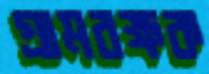
গ্রামরক্ষক